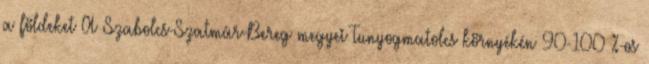
a földeket A Szabolcs-Szatmár-Bereg megyei Tunyogmatolcs környékén 90-100 %-os